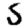
Digit: 5